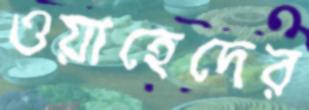
ওয়াহেদের